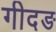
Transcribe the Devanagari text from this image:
गीदङ